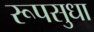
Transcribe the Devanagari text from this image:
रूपसुधा